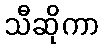
သီဆိုကာ